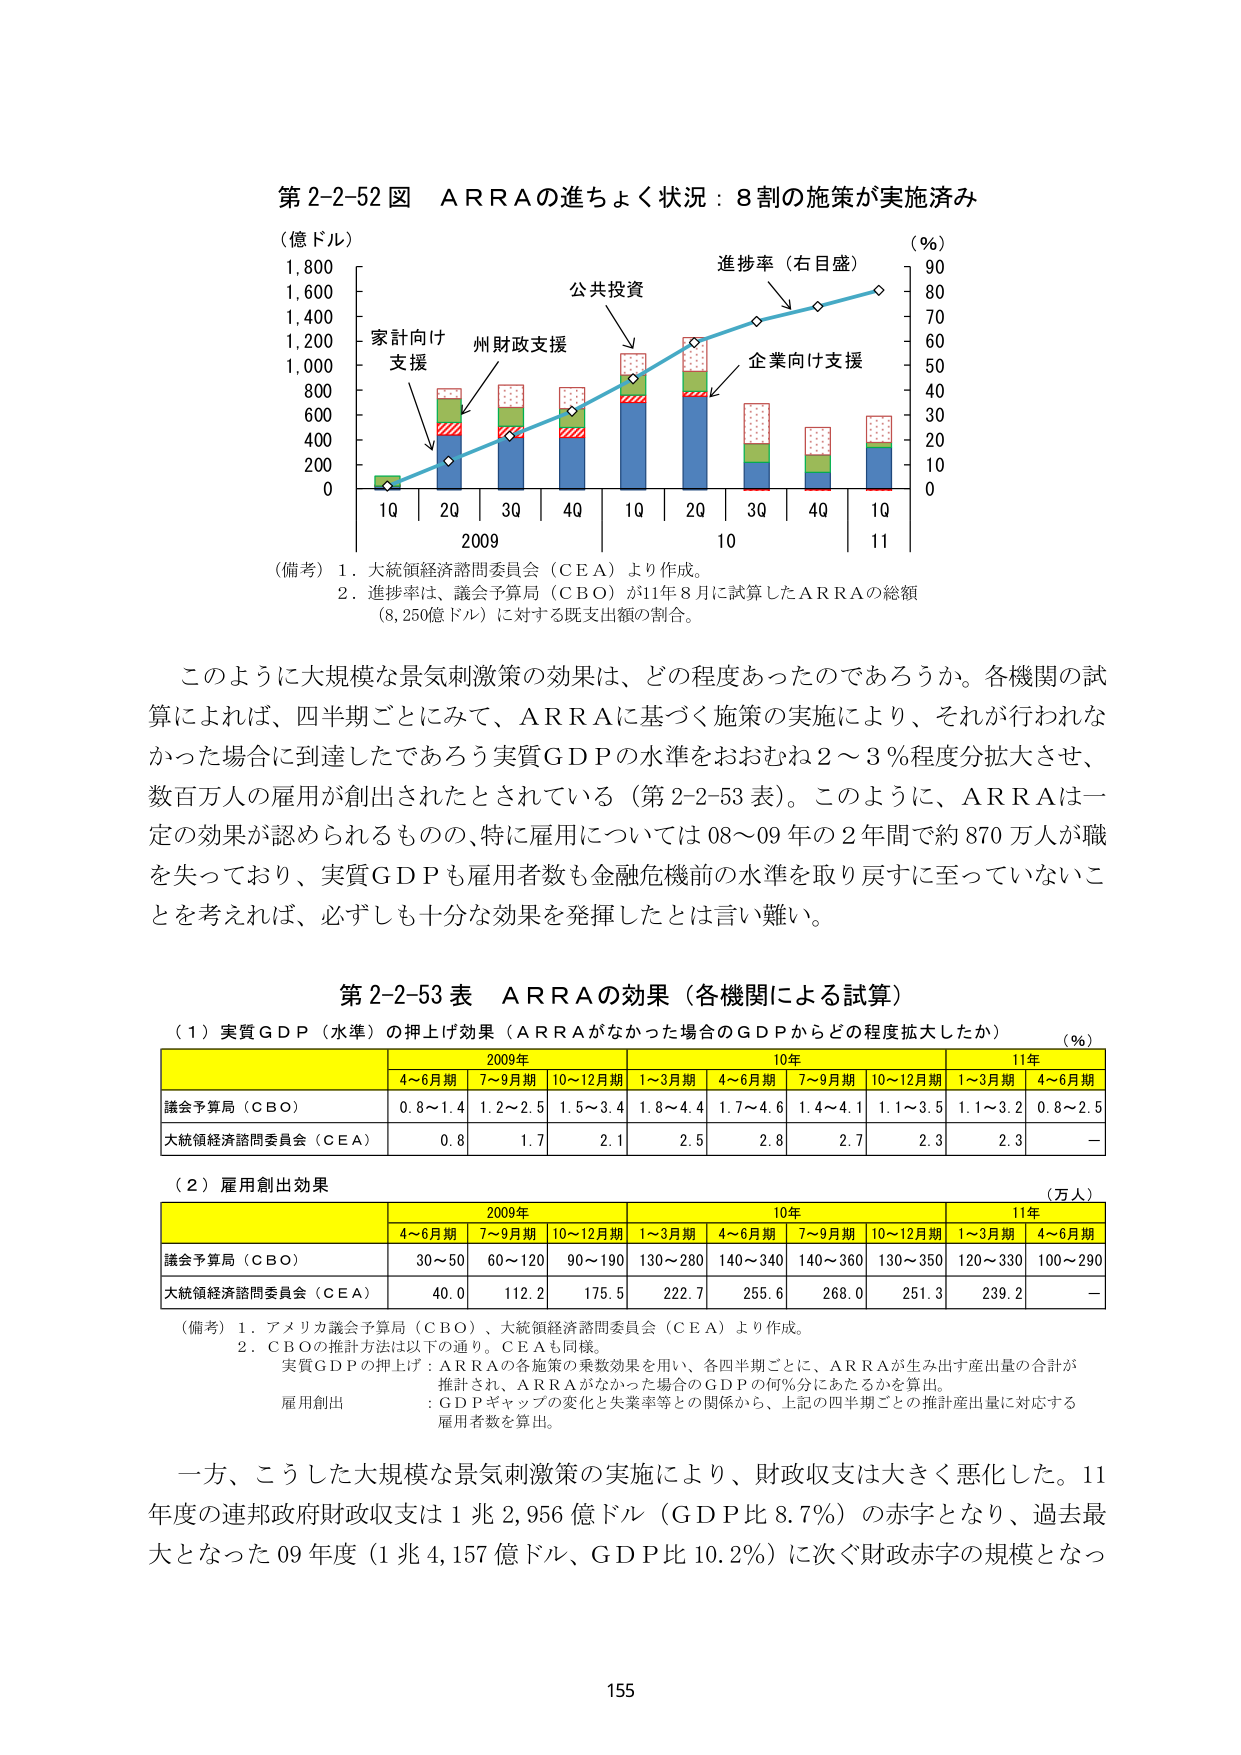
第2-2-52図　ＡＲＲＡの進ちょく状況：8割の施策が実施済み

（億ドル）
1,800
1,600
1,400
1,200
1,000
800
600
400
200
0

（％）
90
80
70
60
50
40
30
20
10
0

家計向け
支援
州財政支援
公共投資
企業向け支援
進捗率（右目盛）

1Q　2Q　3Q　4Q　1Q　2Q　3Q　4Q　1Q
2009　　　　　　　　　　　10　　　　　　　　11

（備考）1．大統領経済諮問委員会（ＣＥＡ）より作成。
　　　2．進捗率は、議会予算局（ＣＢＯ）が11年8月に試算したＡＲＲＡの総額
　　　　（8,250億ドル）に対する既支出額の割合。

このように大規模な景気刺激策の効果は、どの程度あったのであろうか。各機関の試
算によれば、四半期ごとにみて、ＡＲＲＡに基づく施策の実施により、それが行われな
かった場合に到達したであろう実質ＧＤＰの水準をおおむね2～3％程度分拡大させ、
数百万人の雇用が創出されたとされている（第2-2-53表）。このように、ＡＲＲＡは一
定の効果が認められるものの、特に雇用については08～09年の2年間で約870万人が職
を失っており、実質ＧＤＰも雇用者数も金融危機前の水準を取り戻すに至っていないこ
とを考えれば、必ずしも十分な効果を発揮したとは言い難い。

第2-2-53表　ＡＲＲＡの効果（各機関による試算）

（1）実質ＧＤＰ（水準）の押し上げ効果（ＡＲＲＡがなかった場合のＧＤＰからどの程度拡大したか）　（％）

　　　　　　　　　　　　　　2009年　　　　　　　　　　　　　　10年　　　　　　　　　　　　　　11年
　　　　　　　　4～6月期　7～9月期　10～12月期　1～3月期　4～6月期　7～9月期　10～12月期　1～3月期　4～6月期
議会予算局（ＣＢＯ）　0.8～1.4　1.2～2.5　1.5～3.4　1.8～4.4　1.7～4.6　1.4～4.1　1.1～3.5　1.1～3.2　0.8～2.5
大統領経済諮問委員会（ＣＥＡ）　0.8　　　1.7　　　2.1　　　2.5　　　2.8　　　2.7　　　2.3　　　2.3　　　－

（2）雇用創出効果　　　　　　　　　　　　　　　　　　　　　　　　　　　　　　　　　　　　　　（万人）

　　　　　　　　　　　　　　2009年　　　　　　　　　　　　　　10年　　　　　　　　　　　　　　11年
　　　　　　　　4～6月期　7～9月期　10～12月期　1～3月期　4～6月期　7～9月期　10～12月期　1～3月期　4～6月期
議会予算局（ＣＢＯ）　30～50　60～120　90～190　130～280　140～340　140～360　130～350　120～330　100～290
大統領経済諮問委員会（ＣＥＡ）　40.0　112.2　175.5　222.7　255.6　268.0　251.3　239.2　－

（備考）1．アメリカ議会予算局（ＣＢＯ）、大統領経済諮問委員会（ＣＥＡ）より作成。
　　　2．ＣＢＯの推計方法は以下の通り。ＣＥＡも同様。
　　　　実質ＧＤＰの押し上げ：ＡＲＲＡの各施策の乗数効果を用い、各四半期ごとに、ＡＲＲＡが生み出す産出量の合計が
　　　　推計され、ＡＲＲＡがなかった場合のＧＤＰの何％分にあたるかを算出。
　　　　雇用創出：ＧＤＰギャップの変化と失業率等との関係から、上記の四半期ごとの推計産出量に対応する
　　　　　　　　雇用者数を算出。

一方、こうした大規模な景気刺激策の実施により、財政収支は大きく悪化した。11
年度の連邦政府財政収支は1兆2,956億ドル（ＧＤＰ比8.7％）の赤字となり、過去最
大となった09年度（1兆4,157億ドル、ＧＤＰ比10.2％）に次ぐ財政赤字の規模となっ

155